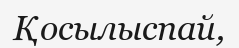
Қосылыспай,